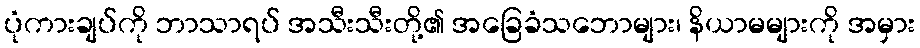
ပုံကားချပ်ကို ဘာသာရပ် အသီးသီးတို့၏ အခြေခံသဘောများ၊ နိယာမများကို အမှား